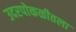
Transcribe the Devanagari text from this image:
उदरपोकळीतला